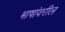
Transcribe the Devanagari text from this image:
भाषांवरील